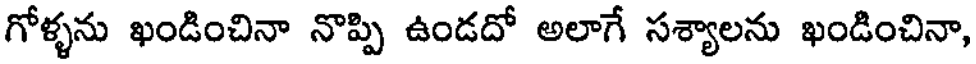
గోళ్ళను ఖండించినా నొప్పి ఉండదో అలాగే సశ్యాలను ఖండించినా,